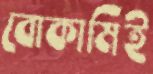
বোকামিই